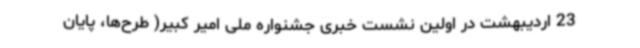
23 اردیبهشت در اولین نشست خبری جشنواره ملی امیر کبیر( طرح‌ها، پایان